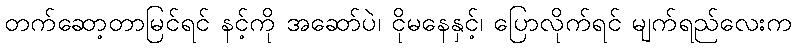
တက်ဆော့တာမြင်ရင် နင့်ကို အဆော်ပဲ၊ ငိုမနေနှင့်၊ ပြောလိုက်ရင် မျက်ရည်လေးက